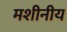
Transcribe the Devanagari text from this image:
मशीनीय